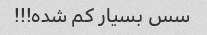
سس بسیار کم شده!!!